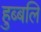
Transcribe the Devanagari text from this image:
हुब्बलि